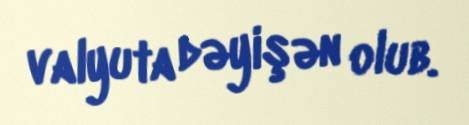
valyuta dəyişən olub.